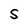
Character: S